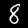
Label: 8